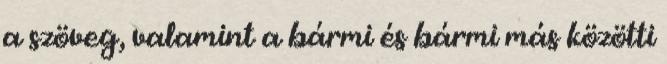
a szöveg, valamint a bármi és bármi más közötti